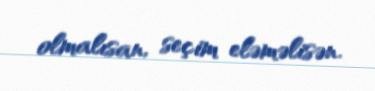
olmalısan, seçim eləməlisən.